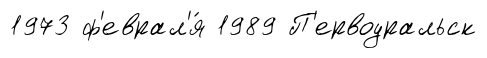
1973 ф'еврал'я́ 1989 П'ервоуральск